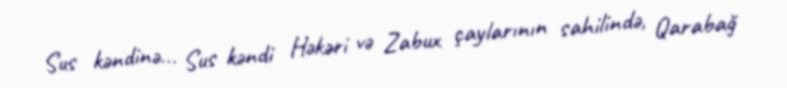
Sus kəndinə... Sus kəndi Həkəri və Zabux çaylarının sahilində, Qarabağ